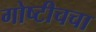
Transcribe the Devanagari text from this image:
गोष्टीचचा